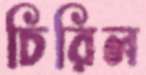
চিরিল